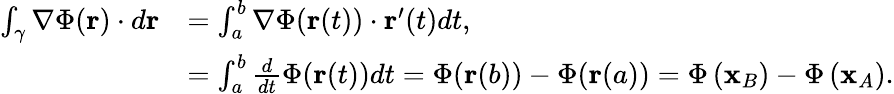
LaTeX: {\begin{array}{rl}{\int_{\gamma}\nabla\Phi(\mathbf{r})\cdot d\mathbf{r}}&{=\int_{a}^{b}\nabla\Phi(\mathbf{r}(t))\cdot\mathbf{r}^{\prime}(t)dt,}\\ &{=\int_{a}^{b}{\frac{d}{dt}}\Phi(\mathbf{r}(t))dt=\Phi(\mathbf{r}(b))-\Phi(\mathbf{r}(a))=\Phi\left(\mathbf{x}_{B}\right)-\Phi\left(\mathbf{x}_{A}\right).}\end{array}}